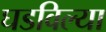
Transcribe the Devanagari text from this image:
घडविल्या